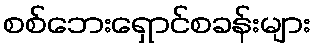
စစ်ဘေးရှောင်စခန်းများ